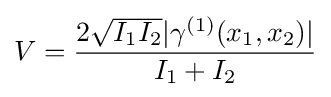
V={\frac {2{\sqrt {I_{1}I_{2}}}|\gamma ^{(1)}(x_{1},x_{2})|}{I_{1}+I_{2}}}